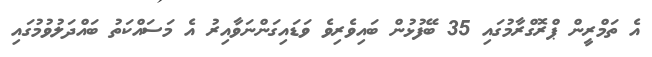
އެ ތަމްރީން ޕްރޮގްރާމުގައި 35 ބޭފުޅުން ބައިވެރިވެ ވަޑައިގަންނަވާއިރު އެ މަސައްކަތު ބައްދަލުވުމުގައި